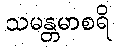
သမန္တမာစရိ